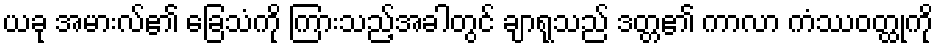
ယခု အမားလ်၏ ခြေသံကို ကြားသည့်အခါတွင် ချာရုသည် ဒတ္တ၏ ကာလာ ကံဿဝတ္ထုကို